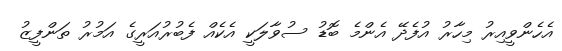
އެހެންވީއިރު މިހާރު އުފެދޭ އެންމެ ބޮޑު ސުވާލަކީ އެކެއް ފެބުރުއަރީގެ އަމުރު ތަންފީޒު